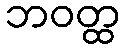
ဘဝတ္ထ